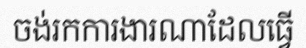
ចង់រកការងារណាដែលធ្វើ